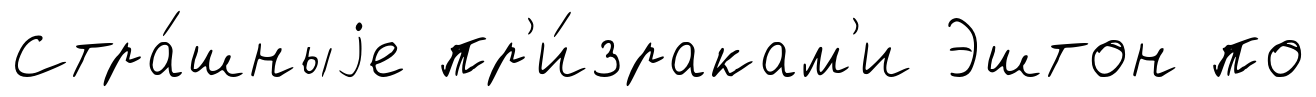
Стра́шныjе пр'и́зракам'и Эштон по